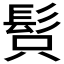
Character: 𩬫